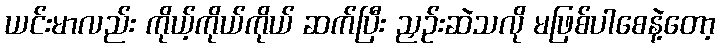
ယင်းမာလည်း ကိုယ့်ကိုယ်ကိုယ် ဆက်ပြီး ညှဉ်းဆဲသလို မဖြစ်ပါစေနဲ့တော့